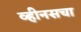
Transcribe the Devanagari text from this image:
व्हीनसचा